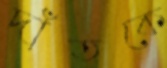
দাঁতকে